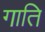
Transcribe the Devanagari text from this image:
गाति